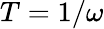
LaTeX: T=1/\omega